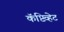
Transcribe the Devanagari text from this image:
कॅप्टिव्हेट